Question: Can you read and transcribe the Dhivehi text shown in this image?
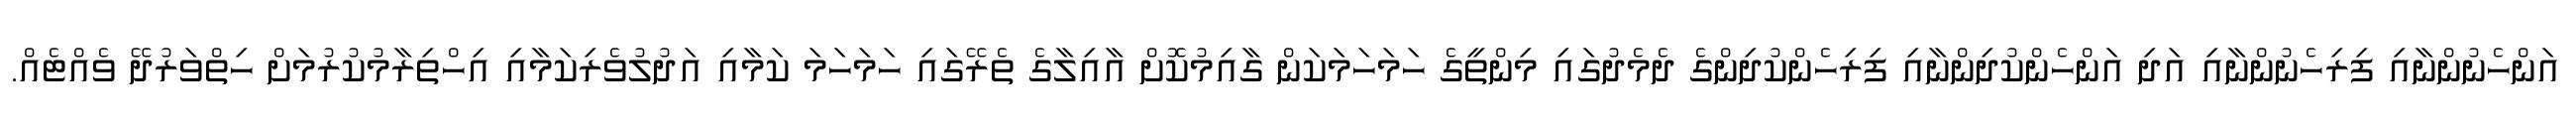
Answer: އަންހެނުންނާއި ފިރިހެނުންނާއި އަދި އަންހެންކުދިންނާއި ފިރިހެންކުދިންގެ ދެމެދުގައި މިންތީގެ ހަމަހަމަކަން ގާއިމުކޮށް އާއިލާގެ ތެރޭގައި ހަމަހަމަ ކަމާއި އަދުލުވެރިކަމާއި އިހްތިރާމުކުރުމަށް ހިތްވަރުދޭ ވެއްޓެއް.